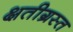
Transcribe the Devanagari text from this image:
क्षतीग्रस्त